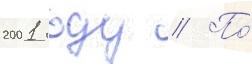
2001 году // По́